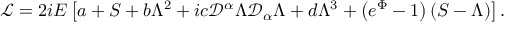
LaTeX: { \mathcal { L } } = 2 i E \left[ a + S + b \Lambda ^ { 2 } + i c { \mathcal { D } } ^ { \alpha } \Lambda { \mathcal { D } } _ { \alpha } \Lambda + d \Lambda ^ { 3 } + \left( e ^ { \Phi } - 1 \right) \left( S - \Lambda \right) \right] .